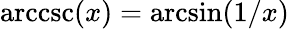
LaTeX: \operatorname{arccsc}(x)=\arcsin(1/x)